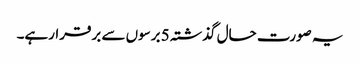
یہ صورت حال گذشتہ 5 برسوں سے برقرارہے۔